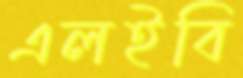
এলইবি